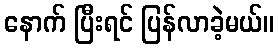
နောက် ပြီးရင် ပြန်လာခဲ့မယ်။